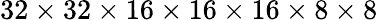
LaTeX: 32\times 32\times 16\times 16\times 16\times 8\times 8